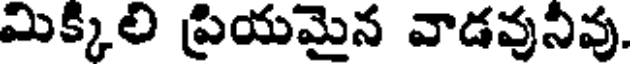
మిక్కిలి ప్రియమైన వాడవునివు.